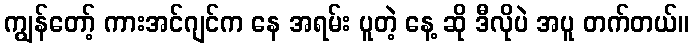
ကျွန်တော့် ကားအင်ဂျင်က နေ အရမ်း ပူတဲ့ နေ့ ဆို ဒီလိုပဲ အပူ တက်တယ်။